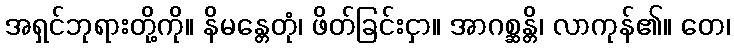
အရှင်ဘုရားတို့ကို။ နိမန္တေတုံ၊ ဖိတ်ခြင်းငှာ။ အာဂစ္ဆန္တိ၊ လာကုန်၏။ တေ၊